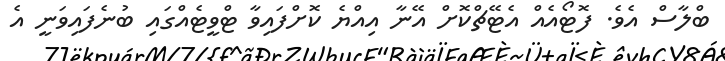
ބްލާސް އެވެ. ފޮޓޯއެއް އެޓޭޗްކޮށް އޭނާ އިއްޔެ ކޮށްފައިވާ ޓްވީޓެއްގައި ބުނެފައިވަނީ އެ